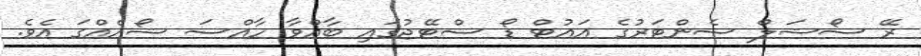
ރޭ ސޯޝަލް ސެންޓަރުގެ އައުޓް ޑޯ ސްޓޭޖުގައި ބާއްވާ ހާއްސަ ޝޯއެއްގަ އެވެ.